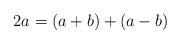
LaTeX: \begin{align*}2a = (a + b) + (a - b)\end{align*}